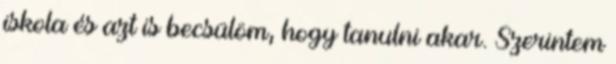
iskola és azt is becsülöm, hogy tanulni akar. Szerintem